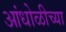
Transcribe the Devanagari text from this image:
आंधोळीच्या